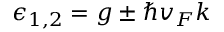
\epsilon _ { 1 , 2 } = g \pm \hbar v _ { F } k